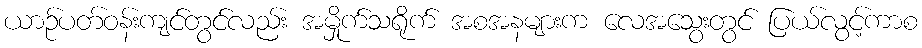
ယာဉ်ပတ်ဝန်းကျင်တွင်လည်း အမှိုက်သရိုက် အစအနများက လေအသွေးတွင် ပြယ်လွင့်ကာစ